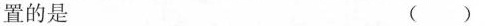
置的是 （）